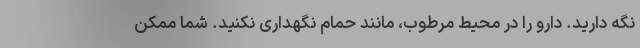
نگه دارید. دارو را در محیط مرطوب، مانند حمام نگهداری نکنید. شما ممکن